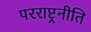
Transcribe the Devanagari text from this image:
परराष्ट्रनीति